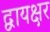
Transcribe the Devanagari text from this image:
द्वायक्षर